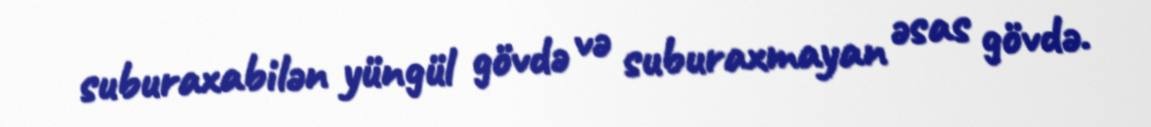
suburaxabilən yüngül gövdə və suburaxmayan əsas gövdə.